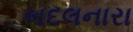
બદલનારા